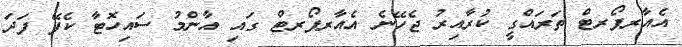
އެެއާރޕޯރޓް ތަަރައްގީ ކުރާއިރު ޖެހޭނެ އެއާރޕޯރޓް ގައި އާންމު ސައިހޮޓާ ކެފޭ ފަދަ